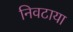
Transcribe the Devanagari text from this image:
निवटाया